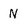
Character: N